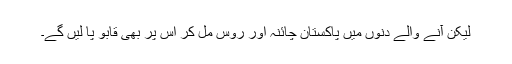
لیکن آنے والے دنوں میں پاکستان چائنہ اور روس مل کر اس پر بھی قابو پا لیں گے۔